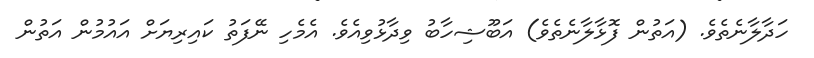
ހަދާލާނެތެވެ. (އަތުން ފޮޅާލާނެތެވެ) އަބޫޝިހާބު ވިދާޅުވިއެވެ. އެމެހި ނޭފަތު ކައިރިޔަށް އައުމުން އަތުން